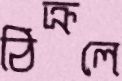
ঠিক্‌রলে